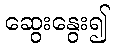
ဆွေးနွေး၍